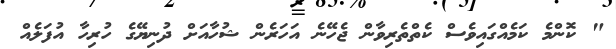
" ކޮންމެ ކަމެއްގައިވެސް ކެތްތެރިވާން ޖެހޭނެ އަހަރެން ޝުހާއަށް ދުނިޔޭގެ ހުރިހާ އުފަލެއް